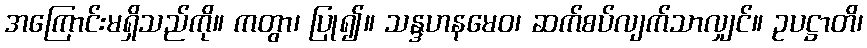
အကြောင်းမရှိသည်ကို။ ကတွာ၊ ပြု၍။ သန္ဒဟနမေဝ၊ ဆက်စပ်လျက်သာလျှင်။ ဥပဋ္ဌာတိ၊